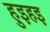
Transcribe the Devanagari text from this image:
हुइहइ